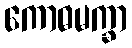
ကောဓမက္ခာ